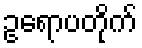
ဥရောပတိုက်